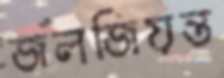
জলজিয়ন্ত